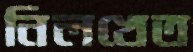
নিলখেত